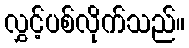
လွှင့်ပစ်လိုက်သည်။